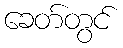
ခေတ်တွင်